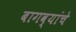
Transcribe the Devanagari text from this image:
बागव्यांचे